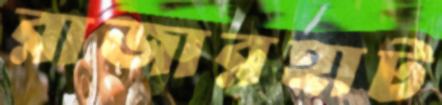
রাজারহাট